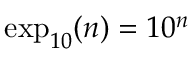
\exp _ { 1 0 } ( n ) = 1 0 ^ { n }